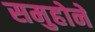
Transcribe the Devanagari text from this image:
समुहोने